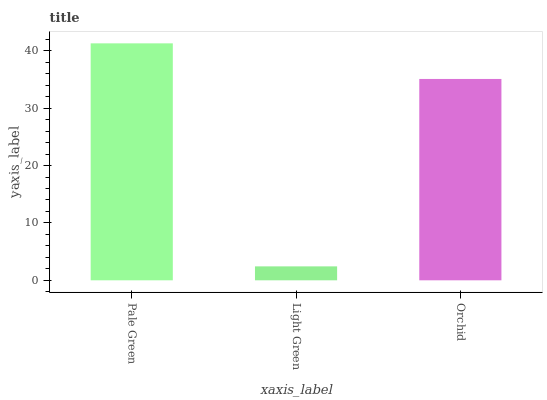
| xaxis_label | bars |
 | --- | --- |
 | Pale Green | 41.3 |
 | Light Green | 2.43 |
 | Orchid | 35.1 |